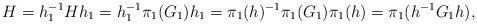
LaTeX: \begin{align*}H=h_1^{-1}Hh_1=h_1^{-1}\pi_1(G_1)h_1=\pi_1(h)^{-1}\pi_1(G_1)\pi_1(h)=\pi_1(h^{-1}G_1h),\end{align*}